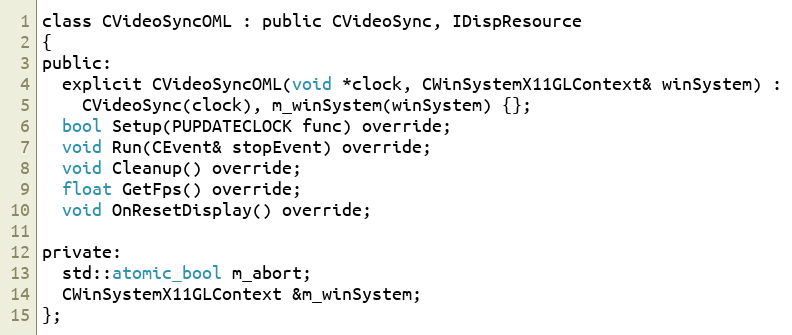
Language: C
class CVideoSyncOML : public CVideoSync, IDispResource
{
public:
  explicit CVideoSyncOML(void *clock, CWinSystemX11GLContext& winSystem) :
    CVideoSync(clock), m_winSystem(winSystem) {};
  bool Setup(PUPDATECLOCK func) override;
  void Run(CEvent& stopEvent) override;
  void Cleanup() override;
  float GetFps() override;
  void OnResetDisplay() override;

private:
  std::atomic_bool m_abort;
  CWinSystemX11GLContext &m_winSystem;
};